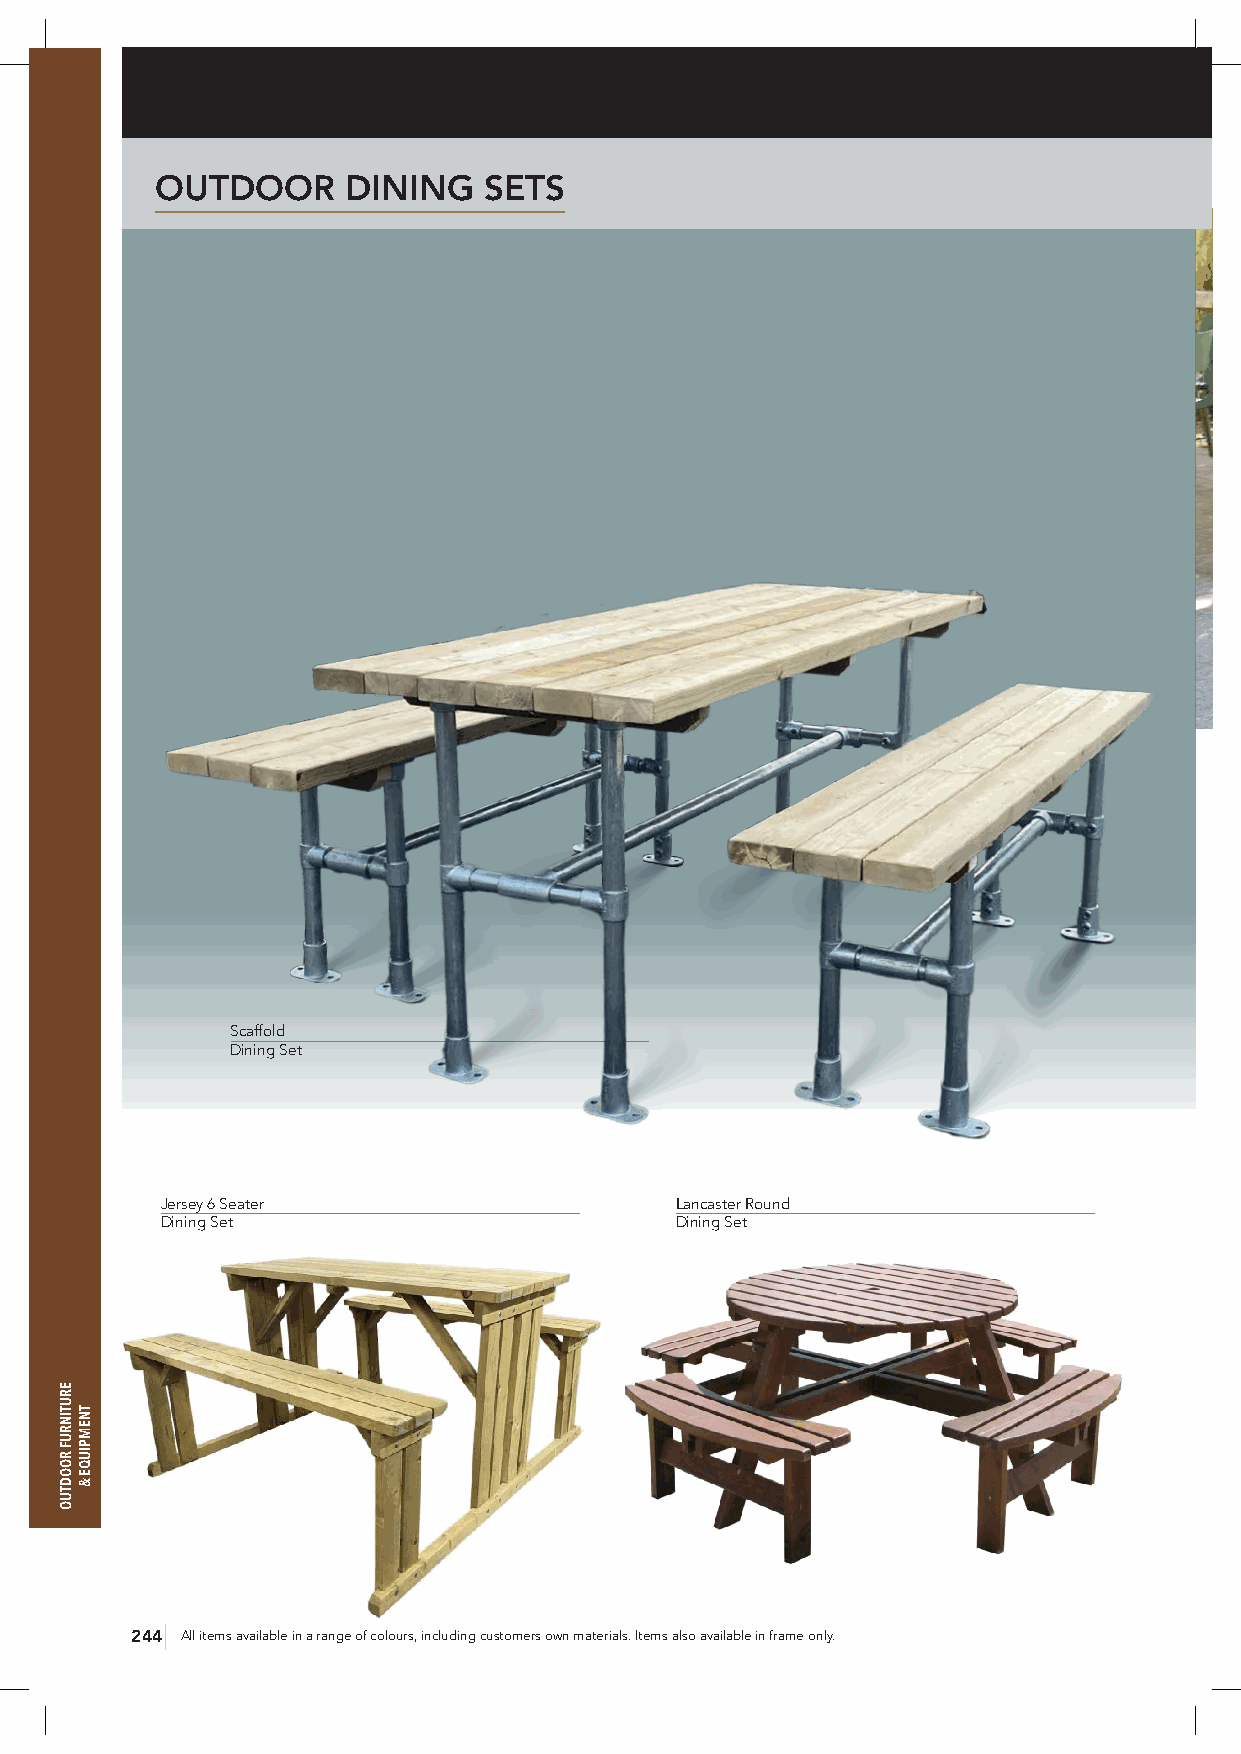
OUTDOOR      DINING   SETS
 Scaffold
 Dining Set
 Jersey 6 Seater                   Lancaster Round
 Dining Set                        Dining Set
 244 All items available in a range of colours, including customers own materials. Items also available in frame only.
 ERUTINRUF
 ROODTUO
 TNEMPIUQE
 &